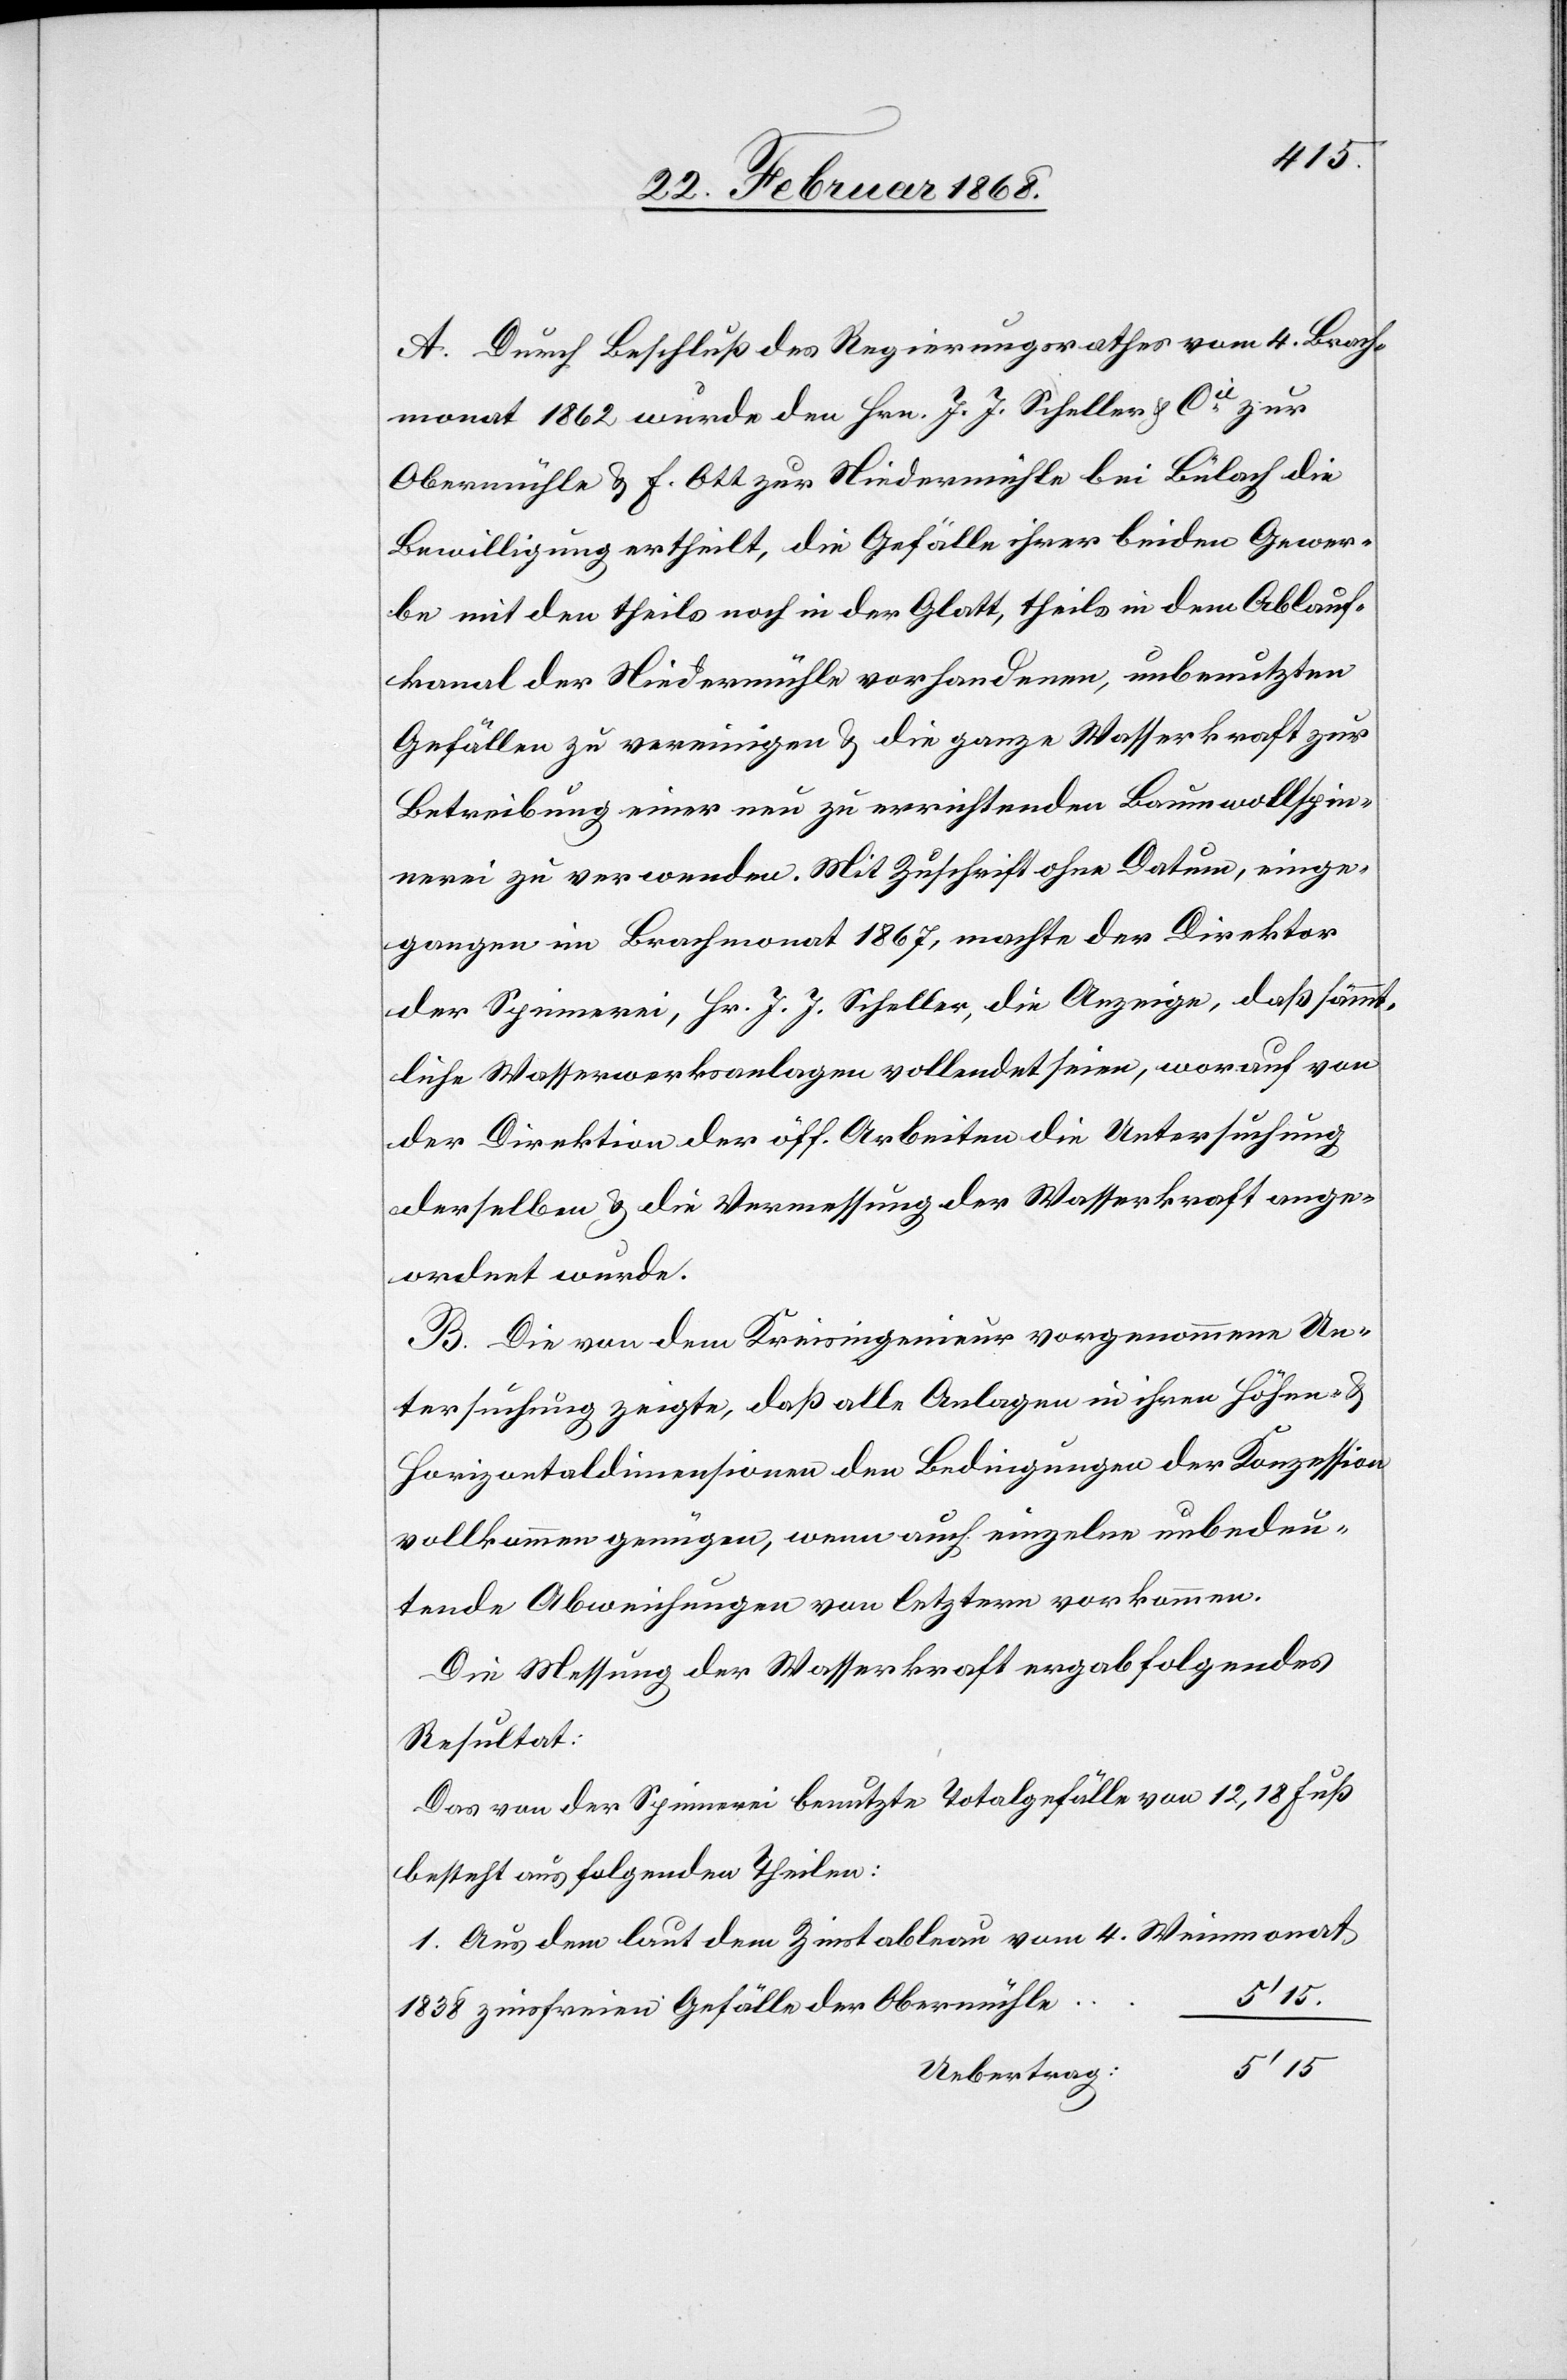
A. Durch Beschluß des Regierungsrathes vom 4. Brach¬
monat 1862 wurde den Hrn. J. J. Scheller & Cie. zur
Obermühle & F. Ott zur Niedermühle bei Bülach die
Bewilligung ertheilt, die Gefälle ihrer beiden Gewer¬
be mit den theils noch in der Glatt, theils in dem Ablauf¬
kanal der Niedermühle vorhandenen, unbenutzten
Gefällen zu vereinigen & die ganze Wasserkraft zur
Betreibung einer neu zu errichtenden Baumwollspin¬
nerei zu verwenden. Mit Zuschrift ohne Datum, einge¬
gangen im Brachmonat 1867, machte der Direktor
der Spinnerei, Hr. J. J. Scheller, die Anzeige, daß sämmt¬
liche Wasserwerksanlagen vollendet seien, worauf von
der Direktion der öff. Arbeiten die Untersuchung
derselben & die Vermessung der Wasserkraft ange¬
ordnet wurde.
B. Die von dem Kreisingenieur vorgenommene Un¬
tersuchung zeigte, daß alle Anlagen in ihren Höhen- &
Horizontaldimensionen den Bedingungen der Konzession
vollkommen genügen, wenn auch einzelne unbedeu¬
tende Abweichungen von letztern vorkommen.
Die Messung der Wasserkraft ergab folgendes
Resultat:
Das von der Spinnerei benutzte Totalgefälle von 12,18 Fuß
besteht aus folgenden Theilen:
1. Aus dem laut dem Zinstableau vom 4. Weinmonat
1838 zinsfreien Gefälle der Obermühle
5‘ 15
Uebertrag: